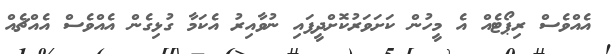
އެއްވެސް ރިޕޯޓެއް އެ މީހުން ކަށަވަރުކޮށްދީފައި ނުވާއިރު އެކަމާ ގުޅިގެން އެއްވެސް އެއްޗެއް